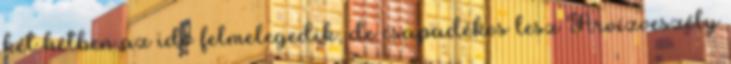
két hétben az idõ felmelegedik, de csapadékos lesz Árvízveszély